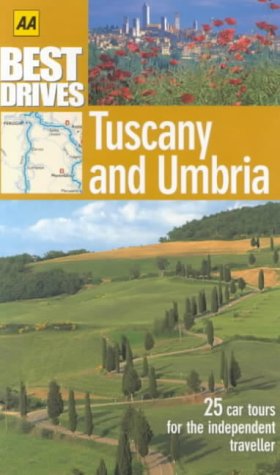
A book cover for Tuscany and Umbria (AA Best Drives); Stefano Baldi; Travel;